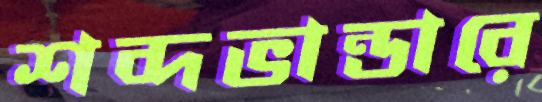
শব্দভান্ডারে